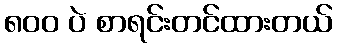
၈၀၀ ပဲ စာရင်းတင်ထားတယ်